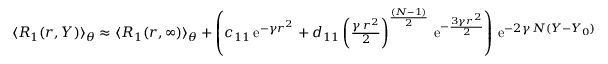
\begin{array} { r } { \langle R _ { 1 } ( r , Y ) \rangle _ { \theta } \approx \langle R _ { 1 } ( r , \infty ) \rangle _ { \theta } + \left( c _ { 1 1 } \, \mathrm { e } ^ { - \gamma r ^ { 2 } } + d _ { 1 1 } \left( { \frac { \gamma \, r ^ { 2 } } { 2 } } \right) ^ { \frac { ( N - 1 ) } { 2 } } \, \mathrm { e } ^ { - \frac { 3 \gamma r ^ { 2 } } { 2 } } \right) \, \mathrm { e } ^ { - 2 \gamma \, N ( Y - Y _ { 0 } ) } } \end{array}